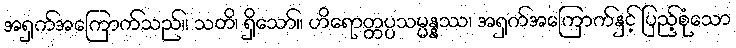
အရှက်အကြောက်သည်။ သတိ၊ ရှိသော်။ ဟိရောတ္တပ္ပသမ္မန္နဿ၊ အရှက်အကြောက်နှင့် ပြည့်စုံသော